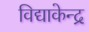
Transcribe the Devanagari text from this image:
विद्याकेन्द्र